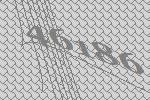
46186